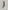
Text: 1